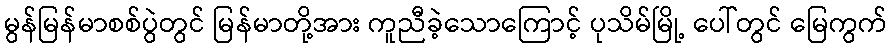
မွန်မြန်မာစစ်ပွဲတွင် မြန်မာတို့အား ကူညီခဲ့သောကြောင့် ပုသိမ်မြို့ ပေါ်တွင် မြေကွက်